Annual vaccination report of Bihar and Orissa - 1911-1928
Year: 1911
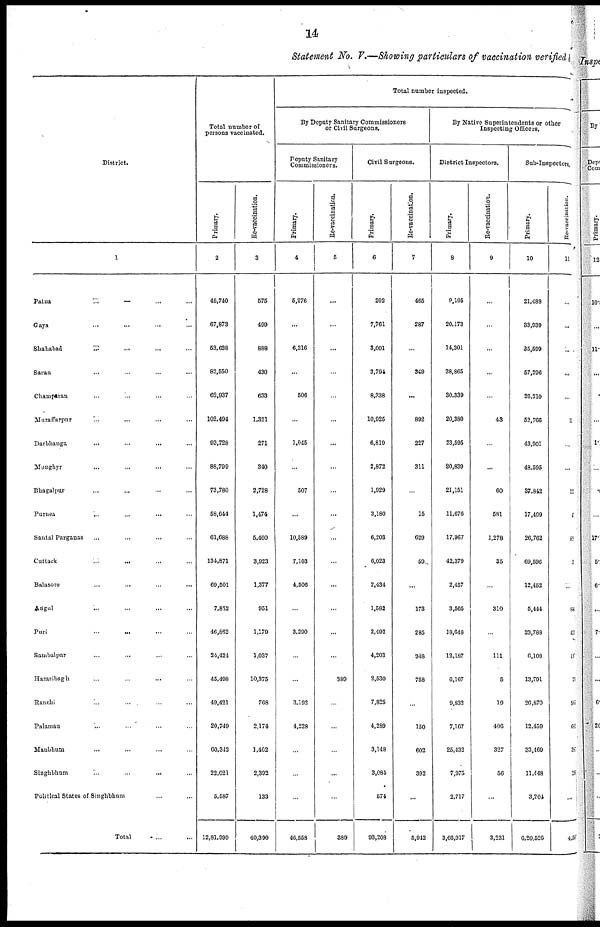
14
Statement No. V.—Showing particulars of vaccination verified
District.
1
Patna
...
...
...
...
Gaya
...
...
...
...
Shahabad
...
...
...
...
Saran ... ... ... ...
Champaran ... ... ... ...
Muzaffarpur ... ... ... ...
Darbhanga ... ... ... ...
Monghyr ... ... ... ...
Bhagalpur ... ... ... ...
Purnea ... ... ... ...
Santal Parganas ... ... ... ...
Cuttack
...
...
...
Balasore ... ... ... ...
Angul ... ... ... ...
Puri
...
...
...
...
Sambalpur ... ... ... ...
Hazaribagh ... ... ... ...
Ranchi ... ... ... ...
Palamau ... ... ... ...
Manbhum ... ... ... ...
Singhbhum ... ... ... ...
Political States of Singhbhum ... ...
Total ... ...
Total number of
persons vaccinated.
Primary.
2
48,740
67,873
53,688
82,550
62,937
102,404
93,728
88,799
73,780
58,644
61,688
134,871
69,501
7,852
46,832
24,424
45,498
49,421
20,749
60,342
22,021
5,587
12,81,999
Re-vaccination.
3
575
499
888
430
633
1,321
271
340
2,728
1,474
5,460
3,923
1,377
951
1,179
1,037
10,375
768
2,174
1,462
2,392
133
40,390
Total number inspected.
By Deputy Sanitary Commissioners
or Civil Surgeons.
Deputy Sanitary
Commissioners.
Primary.
4
5,276
...
6,316
...
506
...
1,045
...
507
...
10,589
7,103
4,506
...
3,290
...
...
3,192
4,228
...
...
...
46,658
Re-vaccination.
5
...
...
...
...
...
...
...
...
...
...
...
...
...
...
...
...
380
...
...
...
...
...
389
Civil Surgeons.
Primary.
6
202
7,761
3,001
3,794
8,338
10,925
6,819
2,872
1,929
3,180
6,203
6,023
2,434
1,582
2,492
4,203
2,530
7,825
4,289
3,148
3,084
574
93,208
Re-vaccination.
7
465
287
...
349
...
892
227
311
...
15
629
59
...
173
285
348
758
...
150
602
392
...
5,942
By Native Superintendents or other
Inspecting Officers.
District Inspectors.
Primary.
8
9,105
20,173
14,301
38,865
30,339
20,380
23,595
20,839
21,151
11,676
17,967
42,379
2,457
3,565
18,648
12,187
6,167
9,832
7,167
25,432
7,975
2,717
3,66,917
Re-vaccination.
9
...
...
...
...
...
43
...
...
60
581
1,278
35
...
310
...
111
5
19
406
327
56
...
3,231
Sub-Inspectors.
Primary.
10
21,488
33,039
35,599
57,206
26,210
52,766
43,901
48,595
37,842
17,409
26,762
69,596
12,452
5,444
23,788
6,108
13,701
26,870
12,459
33,469
11,448
3,204
6,20,526
Re-vaccination.
11
...
...
...
...
...
11
...
...
155
1
688
1
...
822
455
18
25
585
65
381
15
...
4,56